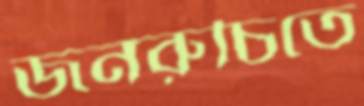
জনরুচিতে